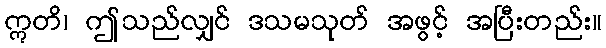
ဣတိ၊ ဤသည်လျှင် ဒသမသုတ် အဖွင့် အပြီးတည်း။